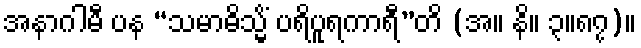
အနာဂါမီ ပန “သမာဓိသ္မိံ ပရိပူရကာရီ”တိ (အ။ နိ။ ၃။၈၇)။